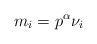
LaTeX: \begin{align*}m_i=p^\alpha \nu_i\end{align*}